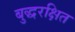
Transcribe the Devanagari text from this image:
बुद्धरक्षित